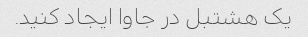
یک هشتبل در جاوا ایجاد کنید.